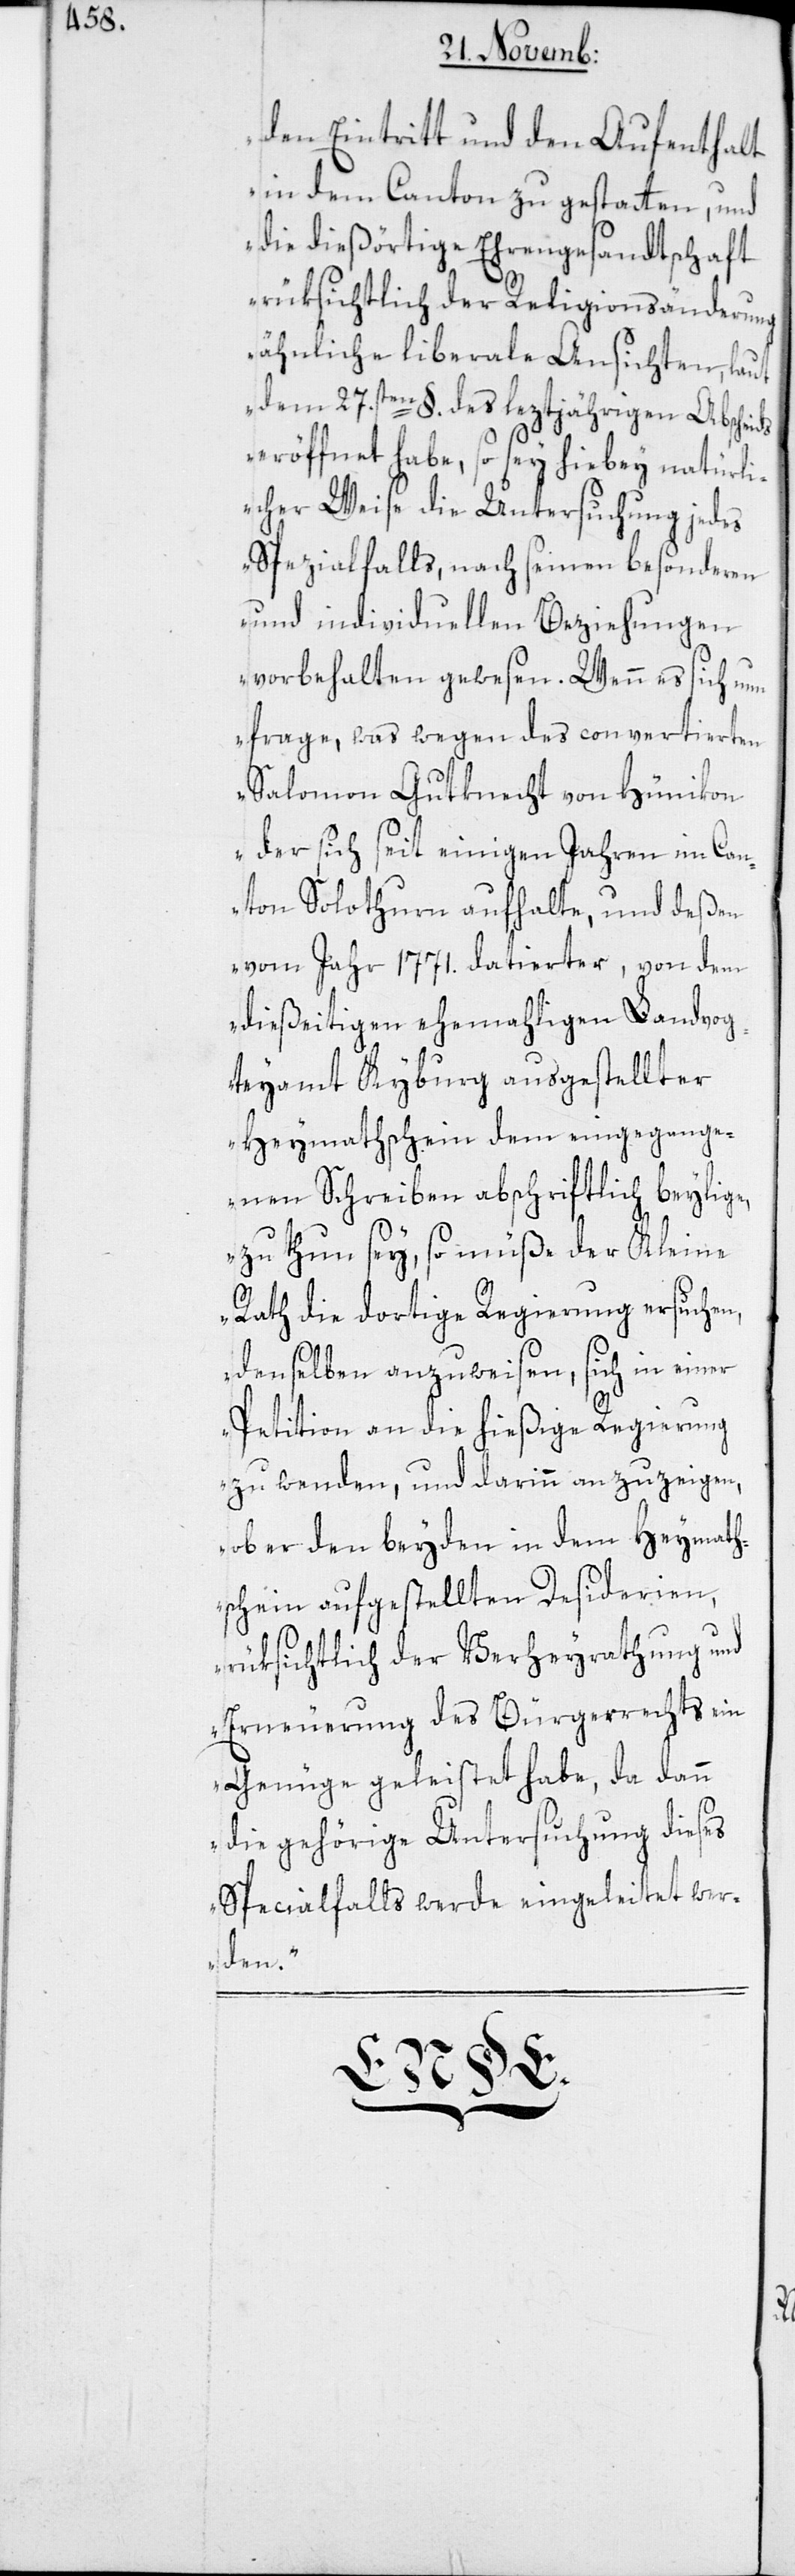
den Eintritt und den Aufenthalt
in dem Canton zu gestatten, und
die dießörtige Ehrengesandtschaft
rüksichtlich der Religionsänderung
ähnliche liberale Ansichten, laut
dem 27.sten §. des leztjährigen Abscheids
eröffnet habe, so sey hiebey natürli¬
cher Weise die Untersuchung jedes
Spezialfalls, nach seinen besonderen
und individuellen Beziehungen
vorbehalten gewesen. Wenn es sich nun
frage, was wegen des convertierten
Salomon Gutknecht von Hünikon,
der sich seit einigen Jahren im Can¬
ton Solothurn aufhalte, und deßen
vom Jahr 1771. datierter, von dem
dießeitigen ehemahligen Landvog¬
teyamt Kyburg ausgestellter
Heymathschein dem eingegange¬
nen Schreiben abschriftlich beylige,
zu thun sey, so müße der Kleine
Rath die dortige Regierung ersuchen,
denselben anzuweisen, sich in einer
Petition an die hießige Regierung
zu wenden, und darinn anzuzeigen,
ob er den beyden in dem Heymath¬
schein aufgestellten Desiderien,
rüksichtlich der Verheyrathung und
Erneuerung des Bürgerrechts ein
Genüge geleistet habe, da dann
die gehörige Untersuchung dieses
Specialfalls werde eingeleitet wer¬
den.“